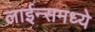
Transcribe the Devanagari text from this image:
लाईन्समध्ये